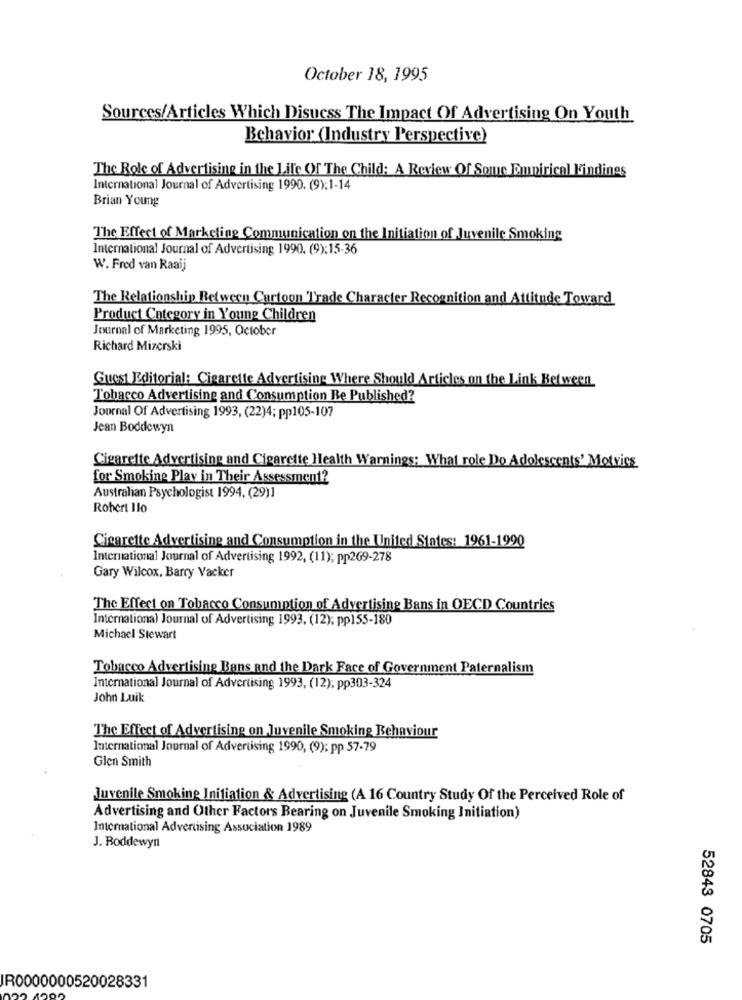
October 18, 1995
Sources/Articles Which Disucss The Impact Of Advertising On Youth
Behavior (Industry Perspective)
The Role of Advertising in the Life Of The Child: A Review Of Some Empirical Findings
International Journal of Advertising 1990. (9):1-14
Brian Young
The Effect of Marketing Communication on the Initiation of Juvenile Smoking
International Journal of Advertising 1990. (9):15-36
W. Fred van Raaij
The Relationship Retween Cartoon Trade Character Recognition and Attitude Toward
Product Category in Young Children
Journal of Marketing 1995, October
Richard Mizerski
Guest Editorial: Cigarette Advertising Where Should Articles on the Link Between
Tobacco Advertising and Consumption Be Published?
Journal Of Advertising 1993, (22)4; pp105-107
Jean Boddewyn
Cigarette Advertising and Cigarette Health Warnings: What role Do Adolescents' Motvics
for Smoking Play in Their Assessment?
Australian Psychologist 1994. (29)]
Robert Ilo
Cigarette Advertising and Consumption in the United States: 1961-1990
International Journal of Advertising 1992, (11); pp269-278
Gary Wilcox, Barry Vacker
The Effect on Tobacco Consumption of Advertising Bans in OECD Countries
International Journal of Advertising 1993, (12); pp155-180
Michael Stewart
Tobacco Advertising Bans and the Dark Face of Government Paternalism
International Journal of Advertising 1993, (12); pp303-324
John Luik
The Effect of Advertising on Juvenile Smoking Behaviour
International Journal of Advertising 1990, (9); pp 57-79
Glen Smith
Juvenile Smoking Initiation & Advertising (A 16 Country Study Of the Perceived Role of
Advertising and Other Factors Bearing on Juvenile Smoking Initiation)
International Advertising Association 1989
J. Boddewyn
52843 0705
IR0000000520028331